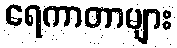
ရေကာတာများ